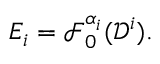
E _ { i } = \mathcal { F } _ { 0 } ^ { \alpha _ { i } } ( \mathcal { D } ^ { i } ) .